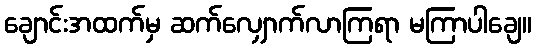
ချောင်းအထက်မှ ဆက်လျှောက်လာကြရာ မကြာပါချေ။